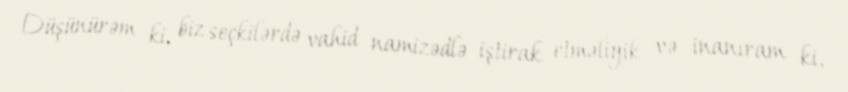
Düşünürəm ki, biz seçkilərdə vahid namizədlə iştirak etməliyik və inanıram ki,